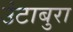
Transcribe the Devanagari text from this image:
उंटाबुरा